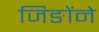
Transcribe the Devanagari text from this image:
जिङोंने